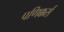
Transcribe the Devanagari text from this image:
पणिक्कर्स